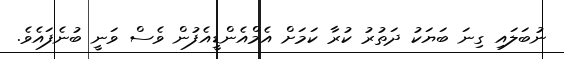
ނުބަލައި ގިނަ ބަޔަކު ދަތުރު ކުރާ ކަމަށް އެމްއެންޑީއެފުން ވެސް ވަނީ ބުނެފައެވެ.